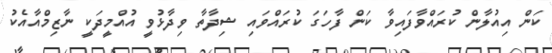
ކަން އިއުލާން ކުރައްވާފައިވާ ކަން ފާހަގަ ކުރައްވައި ޝިދާތާ ވިދާޅުވީ އުއްމީދަކީ ނާޒިމްއާއެކު